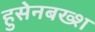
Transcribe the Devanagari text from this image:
हुसेनबख्श